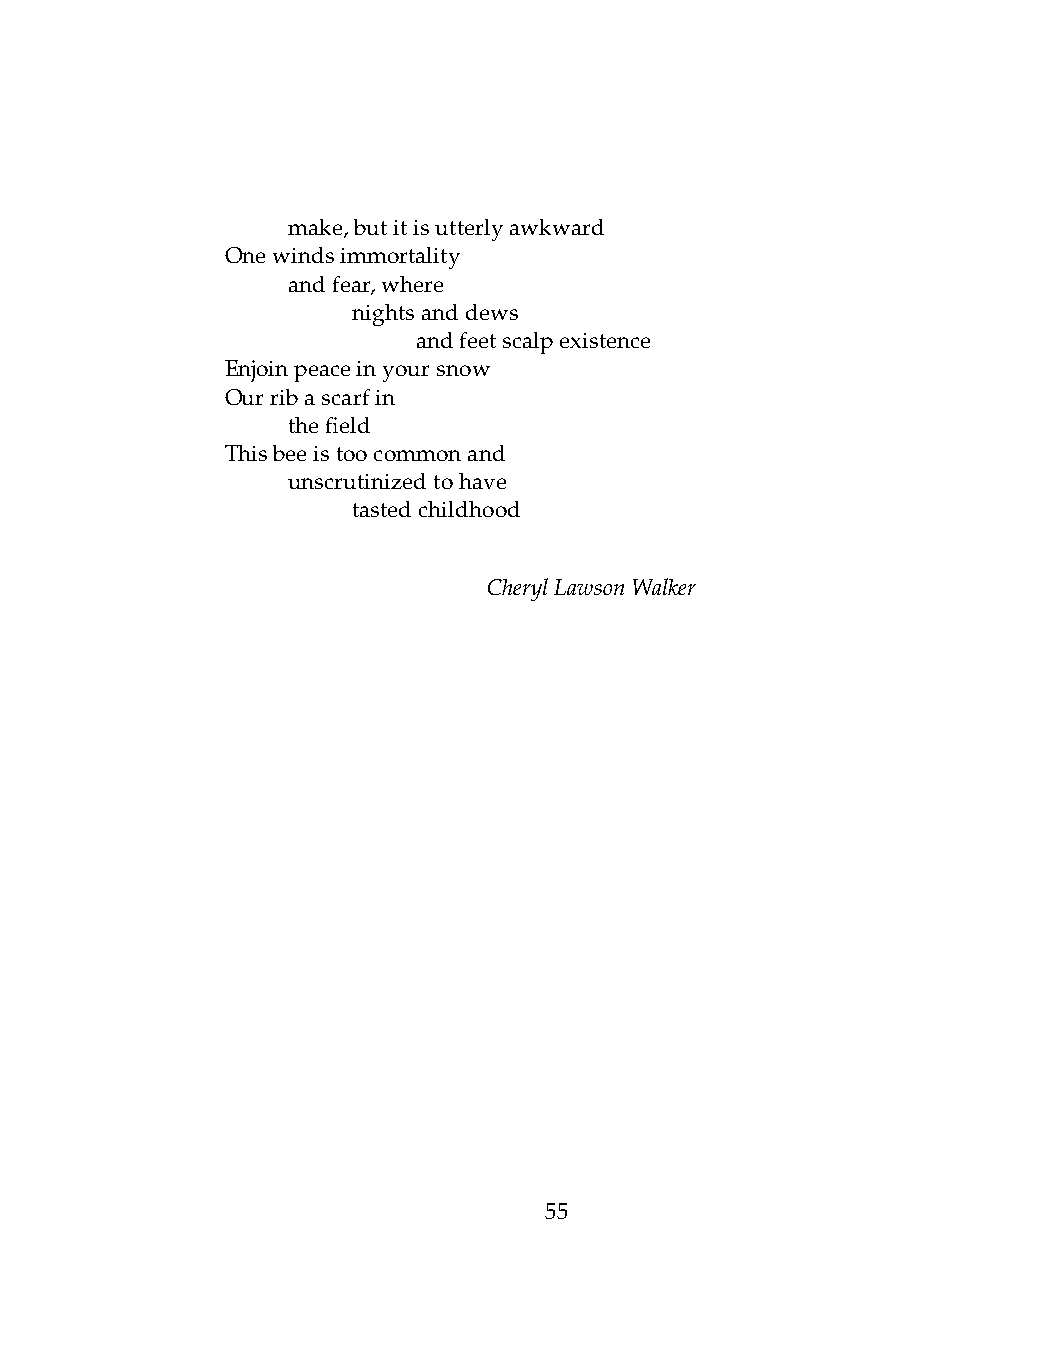
.   make,butitisutterlyawkward
 Onewindsimmortality
 .   andfear,where
 .   .   nightsanddews
 .   .   .    andfeetscalpexistence
 Enjoinpeaceinyoursnow
 Ourribascarfin
 .   thefield
 Thisbeeistoocommonand
 .   unscrutinizedtohave
 .   .   tastedchildhood
 CherylLawsonWalker
 55